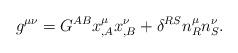
LaTeX: \begin{align*}g^{\mu\nu}=G^{AB}x^\mu_{,A} x^\nu_{,B}+\delta^{RS}n^\mu_R n^\nu_S.\end{align*}